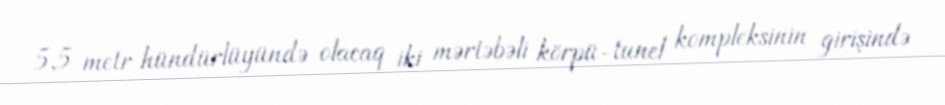
5,5 metr hündürlüyündə olacaq iki mərtəbəli körpü-tunel kompleksinin girişində